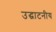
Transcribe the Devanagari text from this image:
उद्घाटनीय